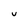
Character: U